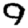
Digit: 9